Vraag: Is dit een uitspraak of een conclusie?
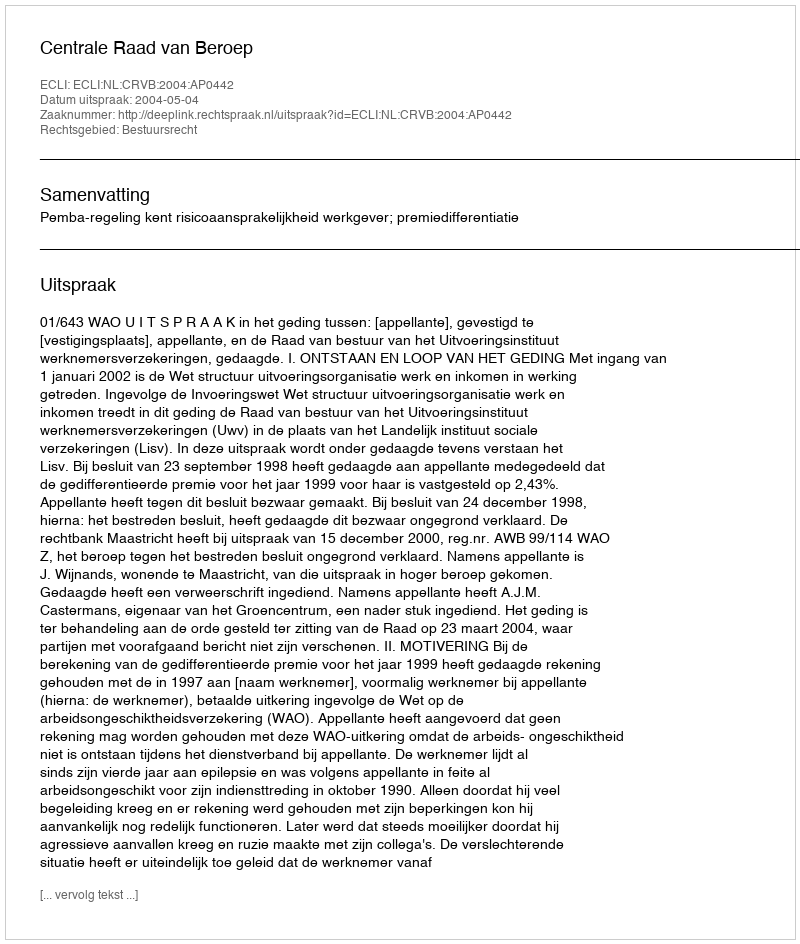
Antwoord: Uitspraak